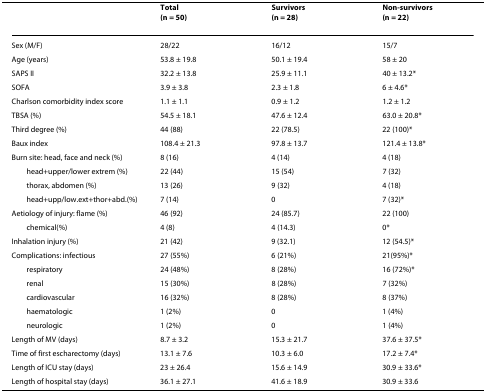
<table><thead><tr><td></td><td><b>Total(n = 50)</b></td><td><b>Survivors(n = 28)</b></td><td><b>Non-survivors(n = 22)</b></td></tr></thead><tbody><tr><td>Sex (M/F)</td><td>28/22</td><td>16/12</td><td>15/7</td></tr><tr><td>Age (years)</td><td>53.8 ± 19.8</td><td>50.1 ± 19.4</td><td>58 ± 20</td></tr><tr><td>SAPS II</td><td>32.2 ± 13.8</td><td>25.9 ± 11.1</td><td>40 ± 13.2*</td></tr><tr><td>SOFA</td><td>3.9 ± 3.8</td><td>2.3 ± 1.8</td><td>6 ± 4.6*</td></tr><tr><td>Charlson comorbidity index score</td><td>1.1 ± 1.1</td><td>0.9 ± 1.2</td><td>1.2 ± 1.2</td></tr><tr><td>TBSA (%)</td><td>54.5 ± 18.1</td><td>47.6 ± 12.4</td><td>63.0 ± 20.8*</td></tr><tr><td>Third degree (%)</td><td>44 (88)</td><td>22 (78.5)</td><td>22 (100)*</td></tr><tr><td>Baux index</td><td>108.4 ± 21.3</td><td>97.8 ± 13.7</td><td>121.4 ± 13.8*</td></tr><tr><td>Burn site: head, face and neck (%)</td><td>8 (16)</td><td>4 (14)</td><td>4 (18)</td></tr><tr><td> head+upper/lower extrem (%)</td><td>22 (44)</td><td>15 (54)</td><td>7 (32)</td></tr><tr><td> thorax, abdomen (%)</td><td>13 (26)</td><td>9 (32)</td><td>4 (18)</td></tr><tr><td> head+upp/low.ext+thor+abd.(%)</td><td>7 (14)</td><td>0</td><td>7 (32)*</td></tr><tr><td>Aetiology of injury: flame (%)</td><td>46 (92)</td><td>24 (85.7)</td><td>22 (100)</td></tr><tr><td> chemical(%)</td><td>4 (8)</td><td>4 (14.3)</td><td>0*</td></tr><tr><td>Inhalation injury (%)</td><td>21 (42)</td><td>9 (32.1)</td><td>12 (54.5)*</td></tr><tr><td>Complications: infectious</td><td>27 (55%)</td><td>6 (21%)</td><td>21(95%)*</td></tr><tr><td> respiratory</td><td>24 (48%)</td><td>8 (28%)</td><td>16 (72%)*</td></tr><tr><td> renal</td><td>15 (30%)</td><td>8 (28%)</td><td>7 (32%)</td></tr><tr><td> cardiovascular</td><td>16 (32%)</td><td>8 (28%)</td><td>8 (37%)</td></tr><tr><td> haematologic</td><td>1 (2%)</td><td>0</td><td>1 (4%)</td></tr><tr><td> neurologic</td><td>1 (2%)</td><td>0</td><td>1 (4%)</td></tr><tr><td>Length of MV (days)</td><td>8.7 ± 3.2</td><td>15.3 ± 21.7</td><td>37.6 ± 37.5*</td></tr><tr><td>Time of first escharectomy (days)</td><td>13.1 ± 7.6</td><td>10.3 ± 6.0</td><td>17.2 ± 7.4*</td></tr><tr><td>Length of ICU stay (days)</td><td>23 ± 26.4</td><td>15.6 ± 14.9</td><td>30.9 ± 33.6*</td></tr><tr><td>Length of hospital stay (days)</td><td>36.1 ± 27.1</td><td>41.6 ± 18.9</td><td>30.9 ± 33.6</td></tr></tbody></table>